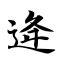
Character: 逄